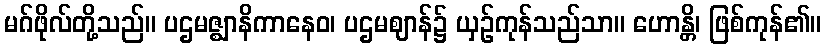
မဂ်ဖိုလ်တို့သည်။ ပဌမဇ္ဈာနိကာနေဝ၊ ပဌမဈာန်၌ ယှဉ်ကုန်သည်သာ။ ဟောန္တိ၊ ဖြစ်ကုန်၏။